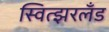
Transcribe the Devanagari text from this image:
स्वित्झरलँड